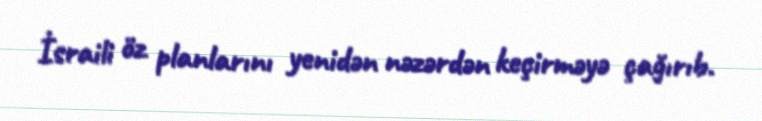
İsraili öz planlarını yenidən nəzərdən keçirməyə çağırıb.